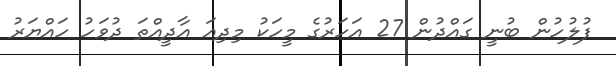
ފުލުހުން ބުނީ ގައްދުން 27 އަހަރުގެ މީހަކު މިދިއަ އާދީއްތަ ދުވަހު ހައްޔަރު